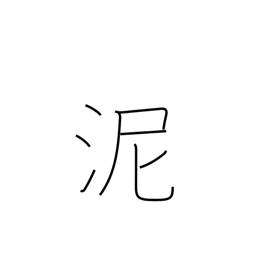
Meaning: mud